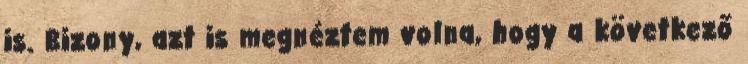
is. Bizony, azt is megnéztem volna, hogy a következő